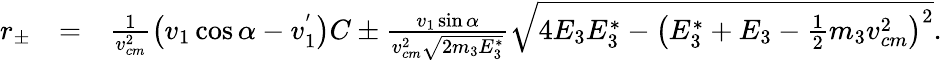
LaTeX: \begin{array}{rlr}{r_{\pm}}&{=}&{\frac{1}{v_{cm}^{2}}\left(v_{1}\cos\alpha-v_{1}^{'}\right)C\pm\frac{v_{1}\sin\alpha}{v_{cm}^{2}\sqrt{2m_{3}E_{3}^{*}}}\sqrt{4E_{3}E_{3}^{*}-\left(E_{3}^{*}+E_{3}-\frac{1}{2}m_{3}v_{cm}^{2}\right)^{2}}.}\end{array}